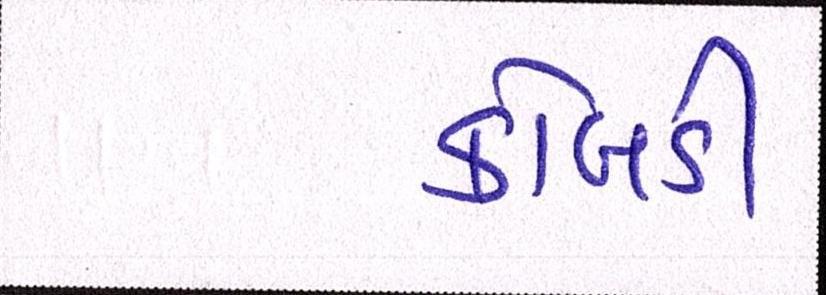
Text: કોબડી